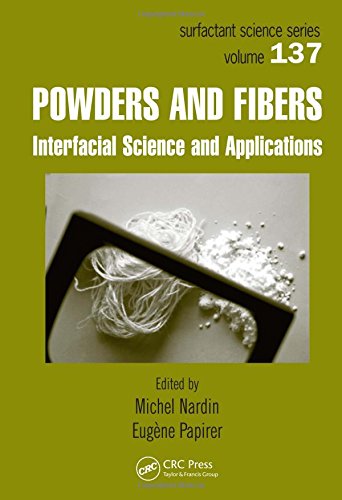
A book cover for Powders and Fibers: Interfacial Science and Applications (Surfactant Science); Health, Fitness & Dieting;